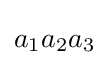
a_{1}a_{2}a_{3}